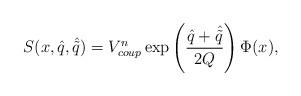
LaTeX: \begin{align*}S(x, \hat{q}, \hat{\tilde{q}})=V_{coup}^{n}\exp\left({\hat{q}+\hat{\tilde{q}}\over 2Q}\right)\Phi(x),\end{align*}